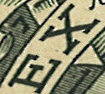
EX